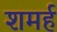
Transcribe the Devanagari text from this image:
शमर्ह